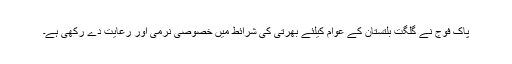
پاک فوج نے گلگت بلتستان کے عوام کیلئے بھرتی کی شرائط میں خصوصی نرمی اور رعایت دے رکھی ہے۔